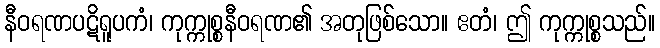
နီဝရဏပဋိရူပကံ၊ ကုက္ကုစ္စနီဝရဏ၏ အတုဖြစ်သော။ ဧတံ၊ ဤ ကုက္ကုစ္စသည်။